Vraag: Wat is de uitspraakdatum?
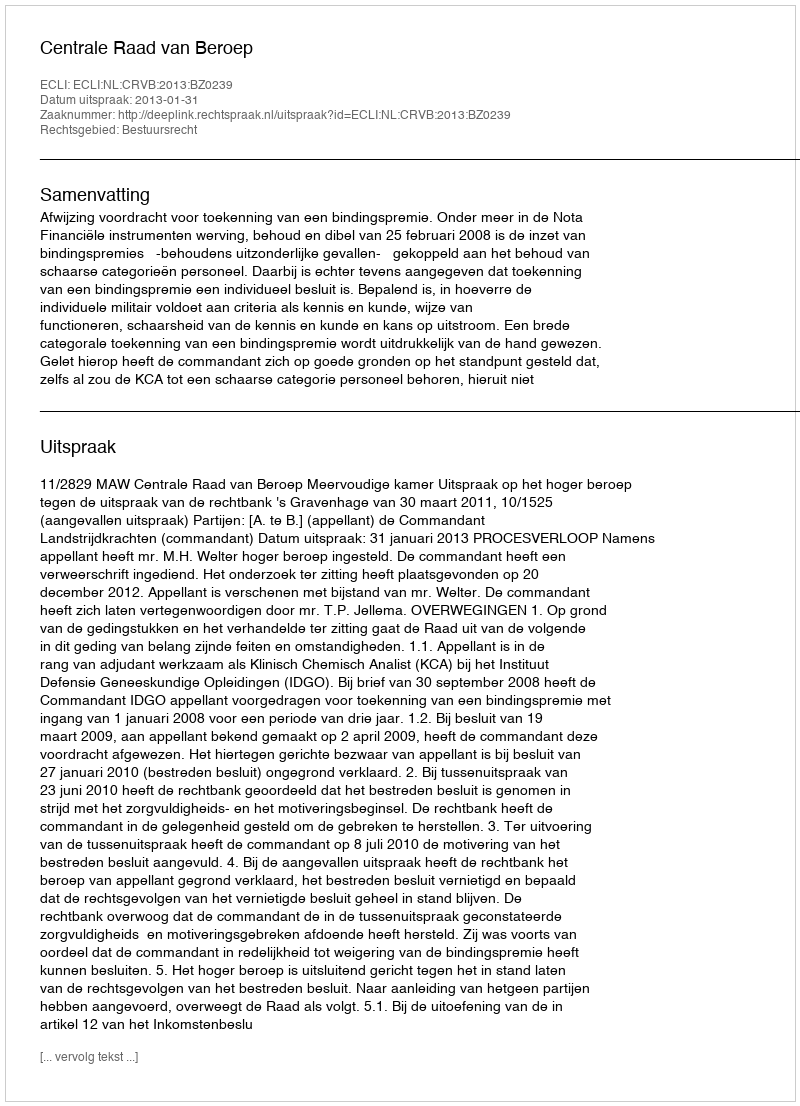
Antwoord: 2013-01-31